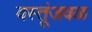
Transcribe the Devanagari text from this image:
वस्तूंजवळ